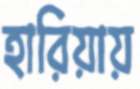
হারিয়ায়